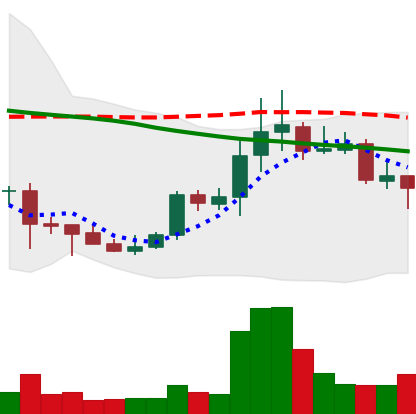
Ticker: DOGE-USD
Chart end date: 2021-10-12
Forward return: 5.152%
Label: up_5_7